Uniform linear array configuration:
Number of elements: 32
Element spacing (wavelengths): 0.25
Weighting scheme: binomial
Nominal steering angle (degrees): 15
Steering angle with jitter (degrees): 13.47
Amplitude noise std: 0.05
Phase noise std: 0.05

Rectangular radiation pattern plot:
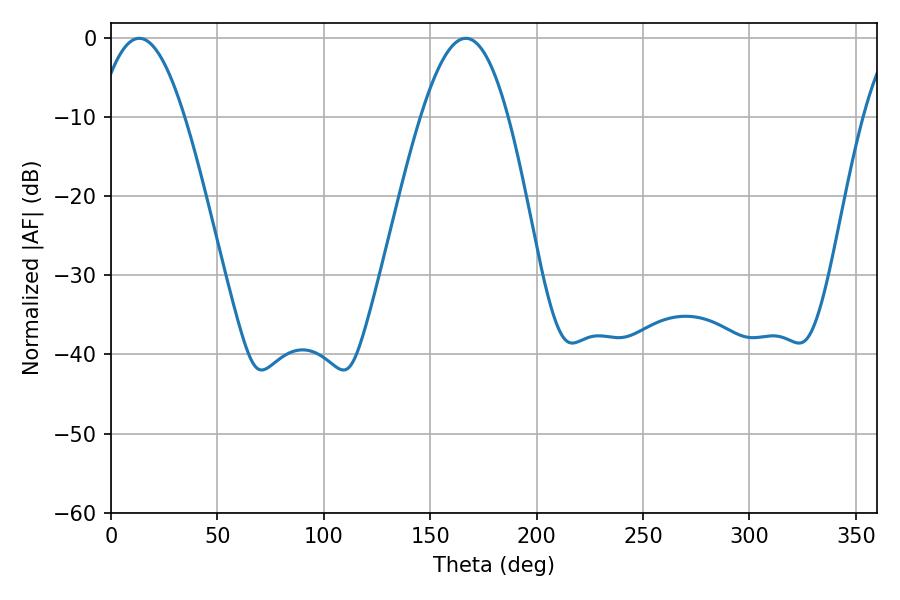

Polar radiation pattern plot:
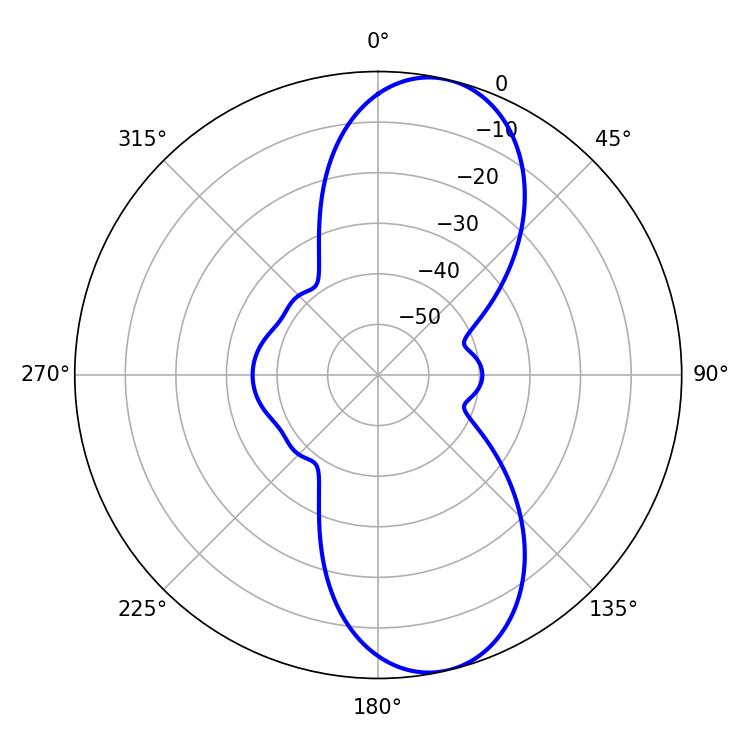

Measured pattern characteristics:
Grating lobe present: FALSE
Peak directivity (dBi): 10.082
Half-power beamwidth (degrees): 22.32
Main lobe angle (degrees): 13.32